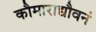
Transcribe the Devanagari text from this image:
कौमाराद्यौवनं